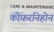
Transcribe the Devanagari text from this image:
कोफ़रनिहोन